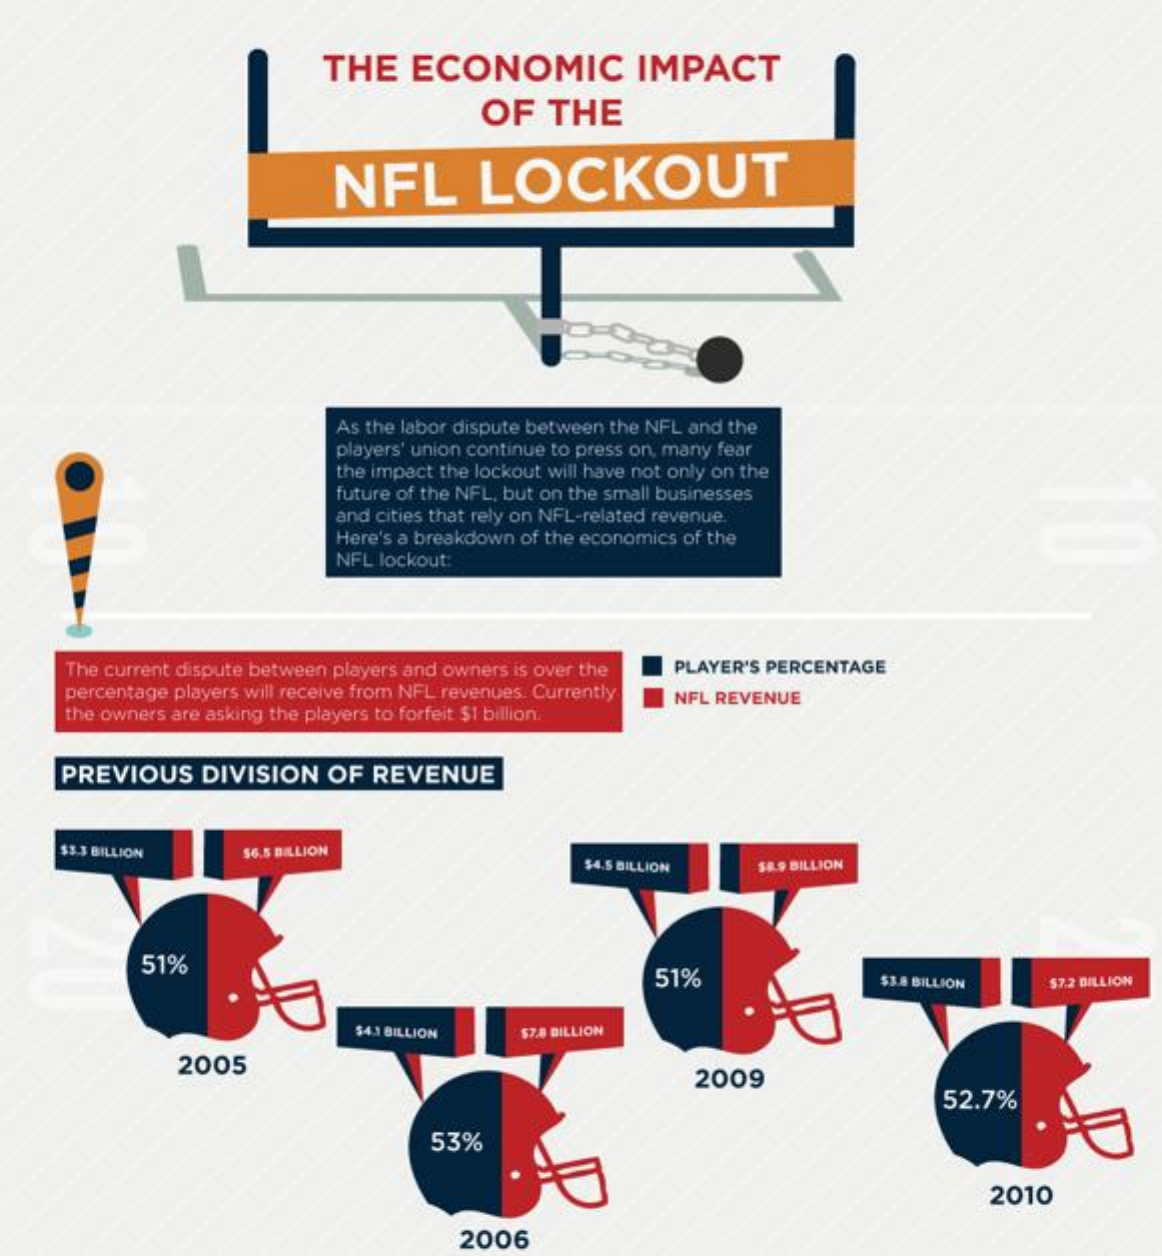
THE   ECONOMIC    IMPACT
     OF    THE
     NFL    LOCKOUT
     As the labor dispute between the NFL and the
     players' union continue to press on, many fear
     the impact the lockout will have not only on the
     future of the NFL, but on the small businesses
     and cities that rely on NFL-related revenue.
     Here's a breakdown of the economics of the
     NFL lockout:
     The current dispute between players and owners is over the PLAYER'S PERCENTAGE
     percentage players will receive from NFL revenues. Currently
     the owners are asking the players to forfeit $1 billion.
     NFL REVENUE
     PREVIOUS   DIVISION   OF  REVENUE
     $3.3 BILLION   56.5 BILLION
     $4.5 BILLION  54.9 BILLION
     51%
     51%    $3.8 BILLION  57.2 BILLION
     $4.3 BILLION  57.8 BILLION
     2005
     2009
     52.7%
     53%
     2010
     2006